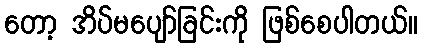
တော့ အိပ်မပျော်ခြင်းကို ဖြစ်စေပါတယ်။